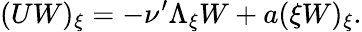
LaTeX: (UW)_{\xi}=-\nu^{\prime}\Lambda_{\xi}W+a(\xi W)_{\xi}.